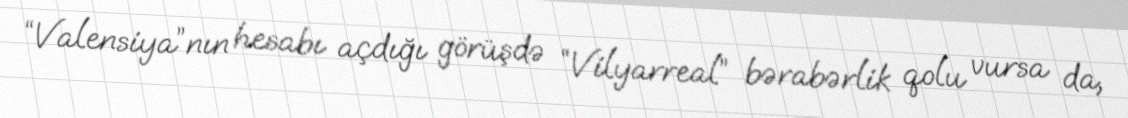
“Valensiya”nın hesabı açdığı görüşdə “Vilyarreal” bərabərlik qolu vursa da,